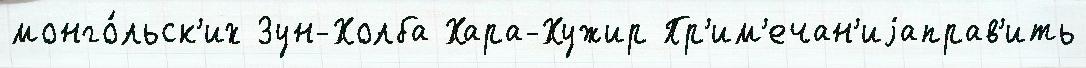
монго́льск'их Зун-Холба Хара-Хужир Пр'им'ечан'иjаправ'ить